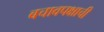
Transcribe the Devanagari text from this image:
बचावपक्षाची